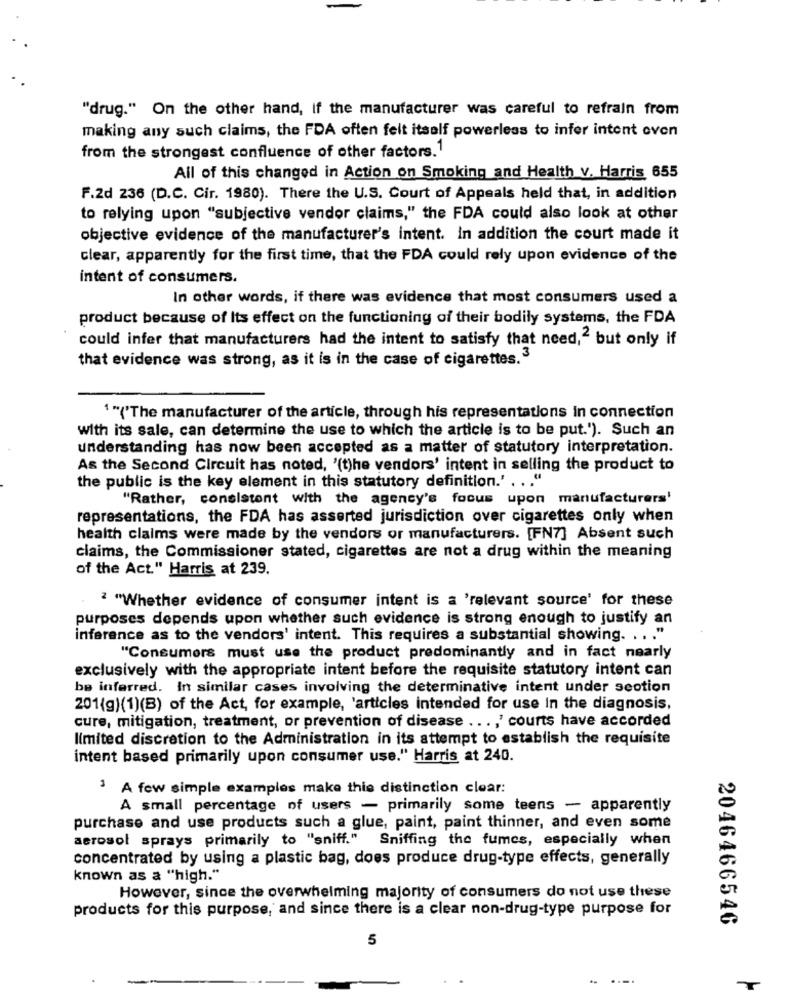
"drug." On the other hand, if the manufacturer was careful to refrain from
making any such claims, the FDA often felt itself powerless to infer intent oven
from the strongest confluence of other factors.1
All of this changed in Action on Smoking and Health v. Harris, 655
F.2d 236 (D.C. Cir. 1980). There the U.S. Court of Appeals held that, in addition
to relying upon "subjective vendor claims," the FDA could also look at other
objective evidence of the manufacturer's intent. In addition the court made it
clear, apparently for the first time, that the FDA could rely upon evidence of the
intent of consumers.
In other words, if there was evidence that most consumers used a
product because of Its effect on the functioning of their bodily systems, the FDA
could infer that manufacturers had the intent to satisfy that need,2 but only if
that evidence was strong, as it is in the case of cigarettes.3
1 "('The manufacturer of the article, through his representations in connection
with its sale, can determine the use to which the article is to be put."). Such an
understanding has now been accepted as a matter of statutory interpretation.
As the Second Circuit has noted, '(t)he vendors' intent in selling the product to
the public is the key element in this statutory definition.' . .. "
"Rather, consistent with the agency's focus upon manufacturers'
representations, the FDA has asserted jurisdiction over cigarettes only when
health claims were made by the vendors or manufacturers. [FN7] Absent such
claims, the Commissioner stated, cigarettes are not a drug within the meaning
of the Act." Harris at 239.
2 "Whether evidence of consumer intent is a 'relevant source' for these
purposes depends upon whether such evidence is strong enough to justify an
inference as to the vendors' intent. This requires a substantial showing. . .. "
"Consumers must use the product predominantly and in fact nearly
exclusively with the appropriate intent before the requisite statutory intent can
be inferred. In similar cases involving the determinative intent under section
201(g)(1)(B) of the Act, for example, 'articles intended for use In the diagnosis,
cure, mitigation, treatment, or prevention of disease ..., ' courts have accorded
limited discretion to the Administration in its attempt to establish the requisite
intent based primarily upon consumer use." Harris at 240.
3 A few simple examples make this distinction clear:
A small percentage of users - primarily some teens - apparently
purchase and use products such a glue, paint, paint thinner, and even some
aerosol sprays primarily to "sniff." Sniffing the fumes, especially when
concentrated by using a plastic bag, does produce drug-type effects, generally
known as a "high."
However, since the overwhelming majority of consumers do not use these
products for this purpose, and since there is a clear non-drug-type purpose for
2046466546
5